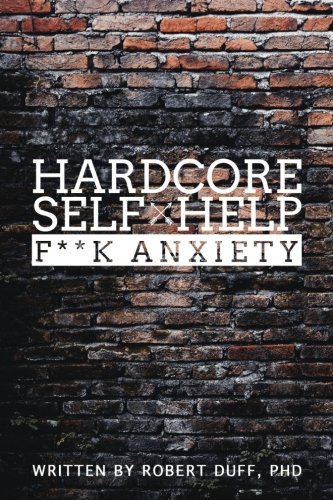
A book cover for Hardcore Self Help: F**k Anxiety (Volume 1); Robert Duff Ph.D.; Self-Help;